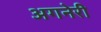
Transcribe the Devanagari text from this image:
अगनेरी